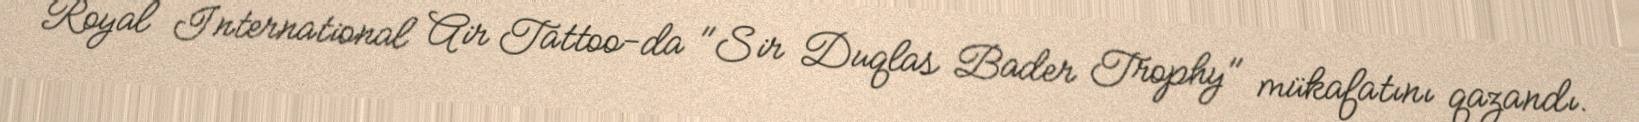
Royal International Air Tattoo-da "Sir Duqlas Bader Trophy" mükafatını qazandı.